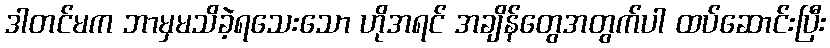
ဒါတင်မက ဘာမှမသိခဲ့ရသေးသော ဟိုအရင် အချိန်တွေအတွက်ပါ ထပ်ဆောင်းပြီး